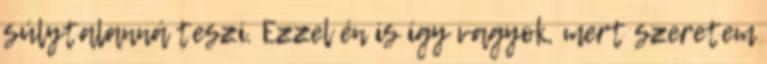
súlytalanná teszi. Ezzel én is így vagyok, mert szeretem